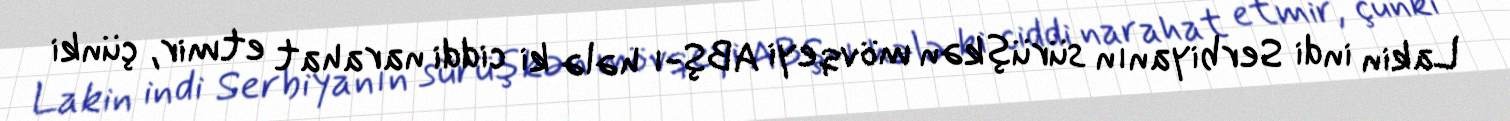
Lakin indi Serbiyanın sürüşkən mövqeyi ABŞ-ı hələ ki ciddi narahat etmir, çünki